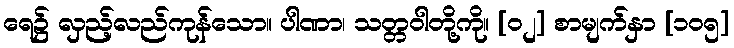
ရေ၌ လှည့်လည်ကုန်သော။ ပါဏာ၊ သတ္တဝါတို့ကို။ [၀၂] စာမျက်နှာ [၁၀၅]